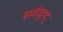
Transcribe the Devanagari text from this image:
सर्ववृहद्